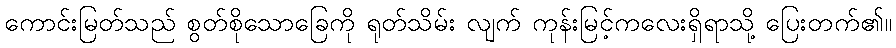
ကောင်းမြတ်သည် စွတ်စိုသောခြေကို ရုတ်သိမ်း လျက် ကုန်းမြင့်ကလေးရှိရာသို့ ပြေးတက်၏။